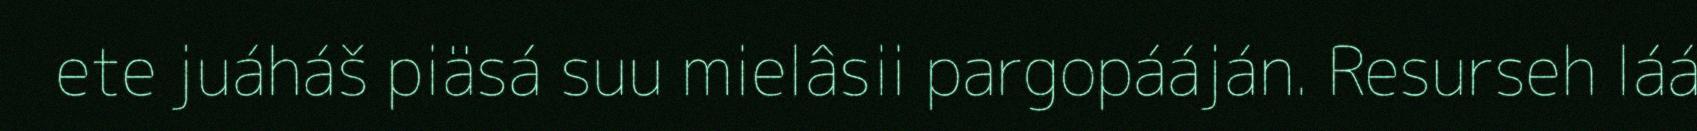
ete juáháš piäsá suu mielâsii pargopááján. Resurseh láá